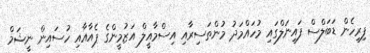
ފިރިހެން ޑަބަލްސް ފައިނަލްގައި މުހައްމަދު މުންތަސިރާއި އިސްމާއީލް އަޒުމީންގެ ޕެއާއާއި ހުސައިން ނީޝަމް